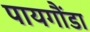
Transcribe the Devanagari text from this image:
पायगौंडा